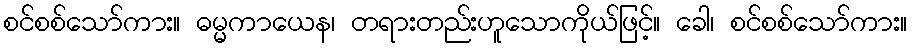
စင်စစ်သော်ကား။ ဓမ္မကာယေန၊ တရားတည်းဟူသောကိုယ်ဖြင့်။ ခေါ၊ စင်စစ်သော်ကား။